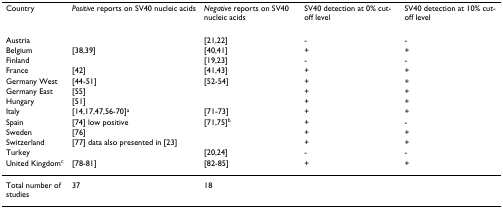
<table><thead><tr><td><b>Country</b></td><td><b><i>Positive </i>reports on SV40 nucleic acids</b></td><td><b><i>Negative </i>reports on SV40 nucleic acids</b></td><td><b>SV40 detection at 0% cut-off level</b></td><td><b>SV40 detection at 10% cut-off level</b></td></tr></thead><tbody><tr><td>Austria</td><td></td><td>[21,22]</td><td>-</td><td>-</td></tr><tr><td>Belgium</td><td>[38,39]</td><td>[40,41]</td><td>+</td><td>+</td></tr><tr><td>Finland</td><td></td><td>[19,23]</td><td>-</td><td>-</td></tr><tr><td>France</td><td>[42]</td><td>[41,43]</td><td>+</td><td>+</td></tr><tr><td>Germany West</td><td>[44-51]</td><td>[52-54]</td><td>+</td><td>+</td></tr><tr><td>Germany East</td><td>[55]</td><td></td><td>+</td><td>+</td></tr><tr><td>Hungary</td><td>[51]</td><td></td><td>+</td><td>+</td></tr><tr><td>Italy</td><td>[14,17,47,56-70]<sup>a</sup></td><td>[71-73]</td><td>+</td><td>+</td></tr><tr><td>Spain</td><td>[74] low positive</td><td>[71,75]<sup>b</sup></td><td>+</td><td>-</td></tr><tr><td>Sweden</td><td>[76]</td><td></td><td>+</td><td>+</td></tr><tr><td>Switzerland</td><td>[77] data also presented in [23]</td><td></td><td>+</td><td>+</td></tr><tr><td>Turkey</td><td></td><td>[20,24]</td><td>-</td><td>-</td></tr><tr><td>United Kingdom<sup>c</sup></td><td>[78-81]</td><td>[82-85]</td><td>+</td><td>+</td></tr><tr><td>Total number of studies</td><td>37</td><td>18</td><td></td><td></td></tr></tbody></table>